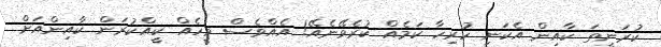
ކުރަނީތަ ކާއިން އެކަނި ހުރިހާ ކަމެއް ކުރެވޭނެއޭ! އެއްވެސް މީހެއް ކީއްކުރަން ކާއިންއަށް